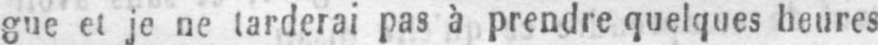
gue et je ne tarderai pas à prendre quelques heures